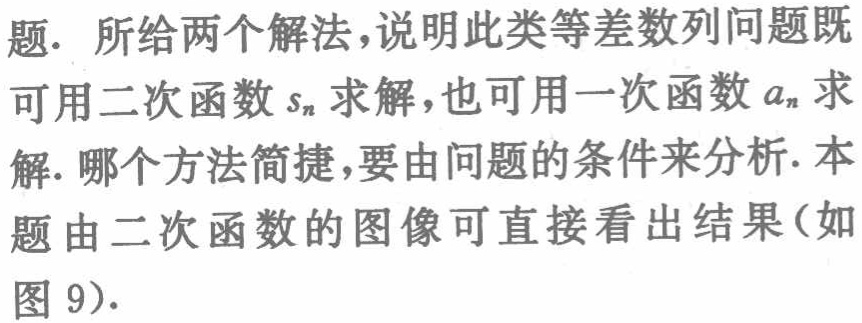
题. 所给两个解法,说明此类等差数列问题既可用二次函数\(s_{n}\)求解,也可用一次函数\(a_{n}\)求解. 哪个方法简捷,要由问题的条件来分析.本题由二次函数的图像可直接看出结果(如图 9).